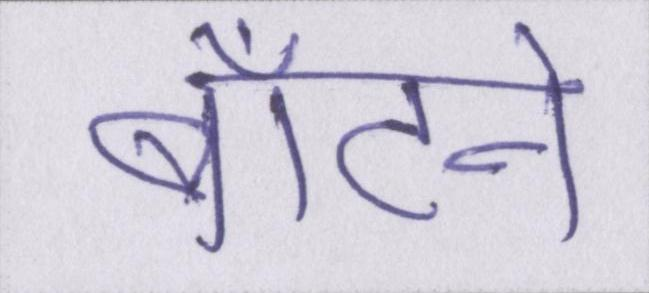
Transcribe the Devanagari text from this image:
बाँटने